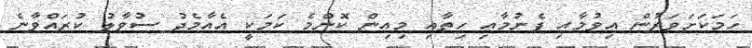
ހަމަކަށަވަރުން އިވުމާއި ފެނުމާއި ހިތާއި މިއިން ކޮންމެ ކަމަކީ އެއާމެދު ސުވާލު ކުރައްވާނެ